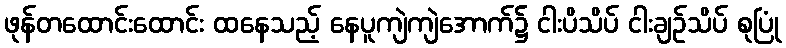
ဖုန်တထောင်းထောင်း ထနေသည့် နေပူကျဲကျဲအောက်၌ ငါးပိသိပ် ငါးချဉ်သိပ် စုပြုံ